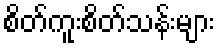
စိတ်ကူးစိတ်သန်းများ